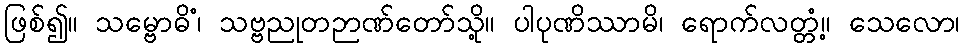
ဖြစ်၍။ သမ္ဗောဓိံ၊ သဗ္ဗညုတဉာဏ်တော်သို့။ ပါပုဏိဿာမိ၊ ရောက်လတ္တံ့။ သေလော၊